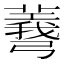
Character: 𢐯